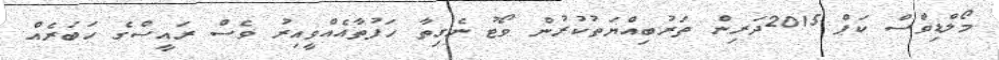
މޯލްޑިވްސް ކަޕް 2015ދަރިން ތަރުބިއްޔަތުކުރުން ވޯޓު ނެގިތާ ހަފުތާއެއްވީއިރު ވެސް ރައީސްގެ ހަބަރެއް